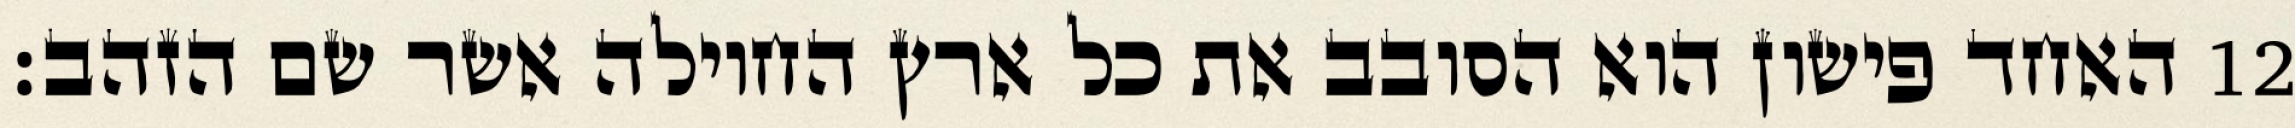
האחד פישון הוא הסובב את כל ארץ החוילה אשר שם הזהב׃ ‎12‏